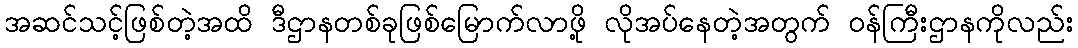
အဆင်သင့်ဖြစ်တဲ့အထိ ဒီဌာနတစ်ခုဖြစ်မြောက်လာဖို့ လိုအပ်နေတဲ့အတွက် ဝန်ကြီးဌာနကိုလည်း